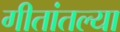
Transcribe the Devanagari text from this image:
गीतांतल्या